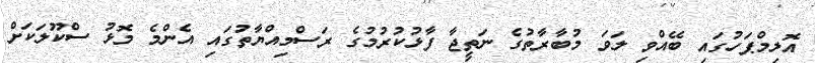
އޮލިމްޕަހުގައި ބޭއްވި ލަަވަ މުބާރާތުގެ ނަތީޖާ ފާޅުކުރުމުގެ ރަސްމިއްޔާތުގައި އެންމެ މޮޅު ސްކޫލަކަށް